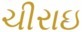
ચીરાઇ